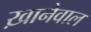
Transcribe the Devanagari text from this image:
ख़ानेवाल